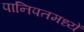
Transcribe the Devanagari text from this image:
पानिपतमध्यें